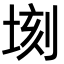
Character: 𪣫